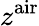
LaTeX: z^{\mathrm{air}}